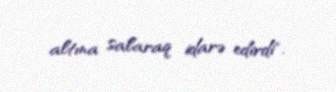
altına salaraq idarə edirdi".